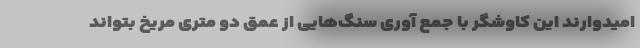
امیدوارند این کاوشگر با جمع آوری سنگ‌هایی از عمق دو متری مریخ بتواند